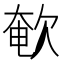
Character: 𣣚